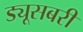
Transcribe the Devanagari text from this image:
ड्यूसबरी